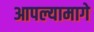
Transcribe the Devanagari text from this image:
आपल्यामागे